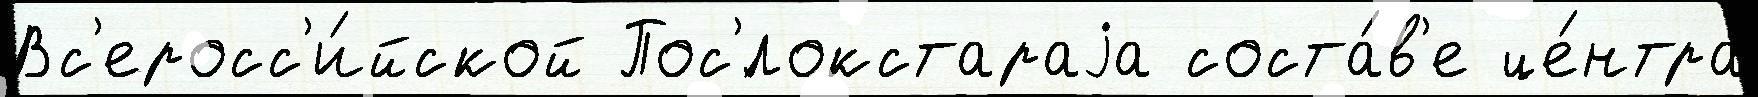
Вс'еросс'и́йской Пос'́локстараjа соста́в'е це́нтра